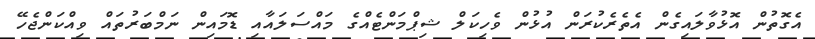
އެގޮތުން އޮޅުވާލައިގެން އެތެެރެކުރަން އުޅުން ވެހިކަލް ޝިޕްމަންޓެއްގެ މައްސަަލައާއި ޑޮމައިން ނަމްބަރުތައް ވިއްކަންޖެހޭ